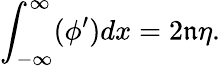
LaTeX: \int_{-\infty}^{\infty}(\phi^{\prime})dx=2\mathfrak{n}\eta.